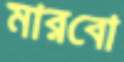
মারবো